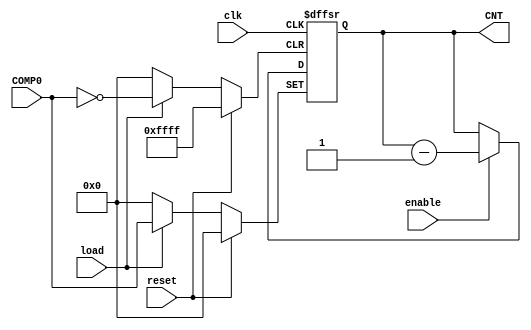
module Counter#(parameter W=16)(
input enable,
input load,
input reset,
input clk,
input [W-1:0] COMP0,
output  reg [W-1:0] CNT
);
reg [W-1:0] val=0;

//assign CNT=val;

always @(posedge clk,posedge reset,posedge load) begin

	if(reset) 
	
		CNT<=0; 
		
	else begin 
	
		if(load)  
		
			CNT<=COMP0; 
			
		else if(enable) 
		
			CNT<=CNT-1; 
			
	end

end





endmodule